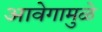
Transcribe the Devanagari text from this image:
आवेगामुळे